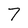
Character: 7